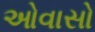
ઓવાસો